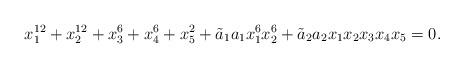
LaTeX: \begin{align*}x_1^{12}+ x_2^{12}+ x_3^{6}+ x_4^{6}+ x_5^{2}+{\tilde a_1} a_1x_1^6x_2^6+ {\tilde a_2} a_2x_1x_2x_3x_4x_5=0.\end{align*}